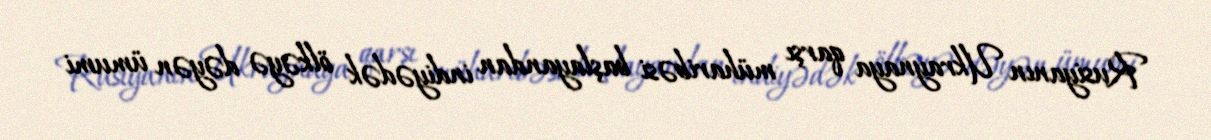
Rusiyanın Ukraynaya qarşı müharibəsi başlayandan indiyədək ölkəyə dəyən ümumi